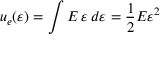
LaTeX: u _ { e } ( \varepsilon ) = \int { E \, \varepsilon } \, d \varepsilon = { \frac { 1 } { 2 } } E { \varepsilon } ^ { 2 }